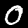
Digit: 0